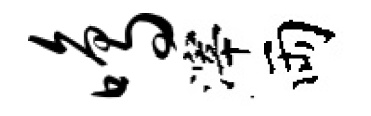
鸣滓両